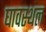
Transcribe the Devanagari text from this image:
घावस्थल